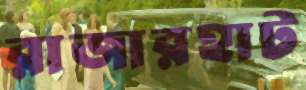
রাজারহাট